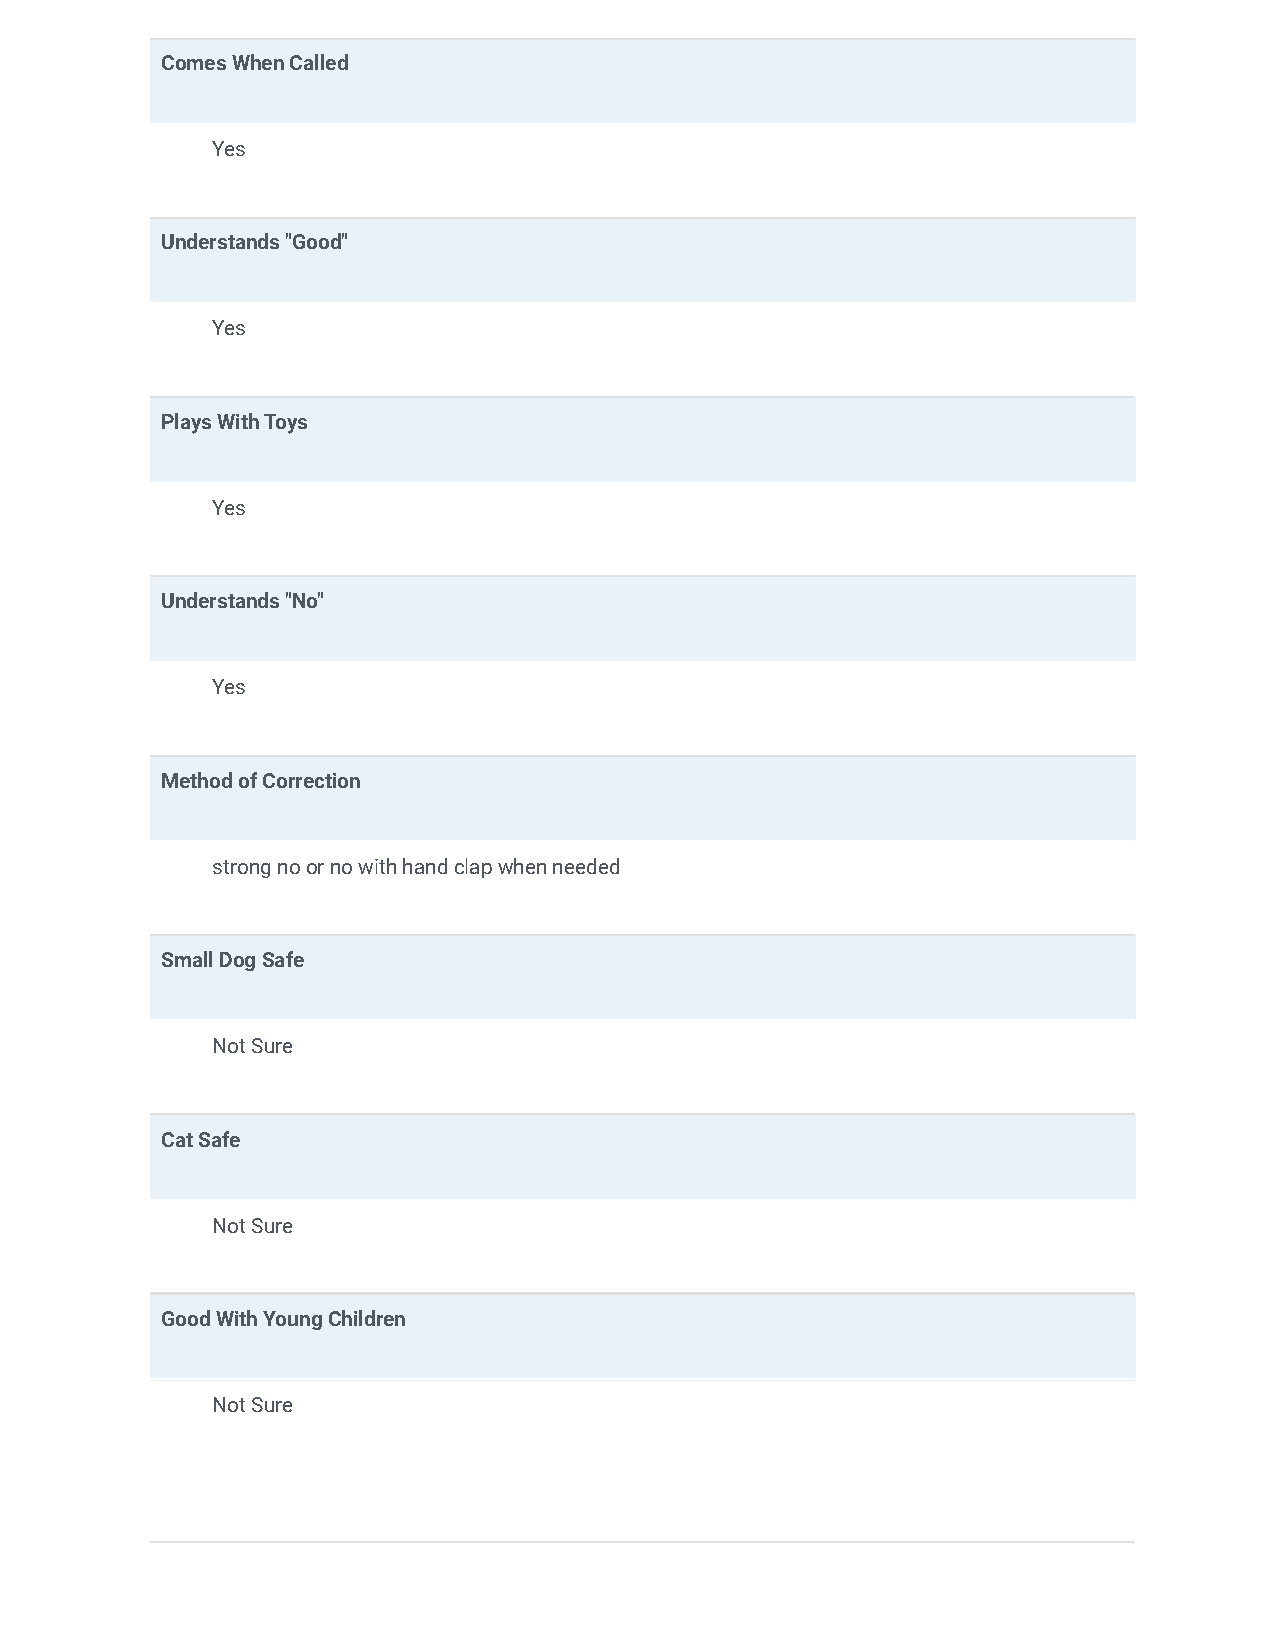
Comes When Called
 Yes
 Understands "Good"
 Yes
 Plays With Toys
 Yes
 Understands "No"
 Yes
 Method of Correction
 strong no or no with hand clap when needed
 Small Dog Safe
 Not Sure
 Cat Safe
 Not Sure
 Good With Young Children
 Not Sure